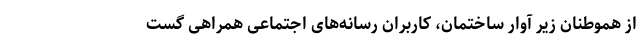
از هموطنان زیر آوار ساختمان، کاربران رسانه‌های اجتماعی همراهی گست